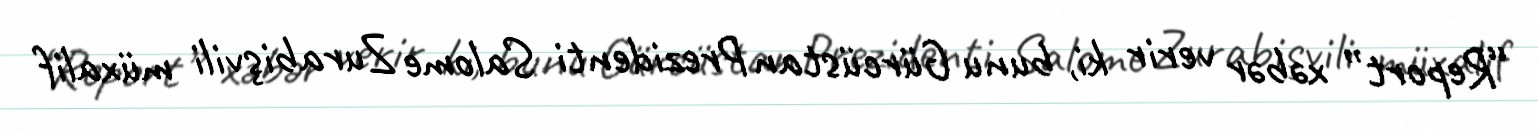
“Report” xəbər verir ki, bunu Gürcüstan Prezidenti Salome Zurabişvili müxalif